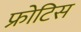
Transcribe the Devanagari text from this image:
फ्रोटिस